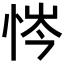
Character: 𢙿